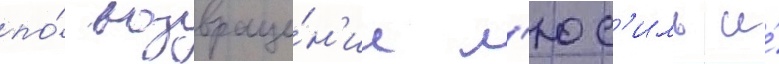
по́ возвраще́н'ии л'юс'иль и́